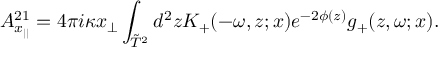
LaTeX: A _ { x _ { | | } } ^ { 2 1 } = 4 \pi i \kappa x _ { \perp } \int _ { \tilde { T } ^ { 2 } } d ^ { 2 } z K _ { + } ( - \omega , z ; x ) e ^ { - 2 \phi ( z ) } g _ { + } ( z , \omega ; x ) .